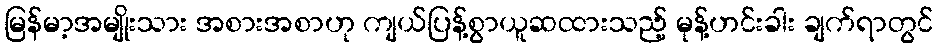
မြန်မာ့အမျိုးသား အစားအစာဟု ကျယ်ပြန့်စွာယူဆထားသည့် မုန့်ဟင်းခါး ချက်ရာတွင်